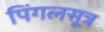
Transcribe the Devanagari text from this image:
पिंगलसूत्र